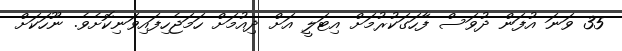
35 ވަނަ އުފަން ދުވަސް ފާހަގަކުރުމަށް އިޓަލީ އަށް ދިއުމަށް ހަމަޖެހިފައިވަނިކޮށެވެ. ނޫހަކަށް